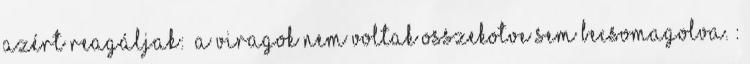
azért reagáljak: ”A viragok nem voltak osszekotve sem becsomagolva.”: